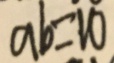
a b = 1 0